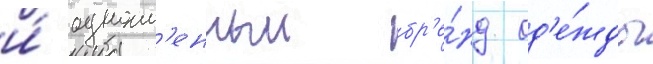
и́ одноим'енныи бр'е́нд од'е́жды